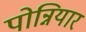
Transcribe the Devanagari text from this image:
पोन्नियार